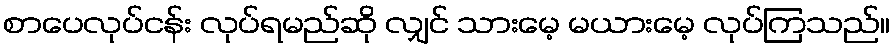
စာပေလုပ်ငန်း လုပ်ရမည်ဆို လျှင် သားမေ့ မယားမေ့ လုပ်ကြသည်။